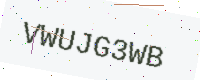
Text: VWUJG3WB